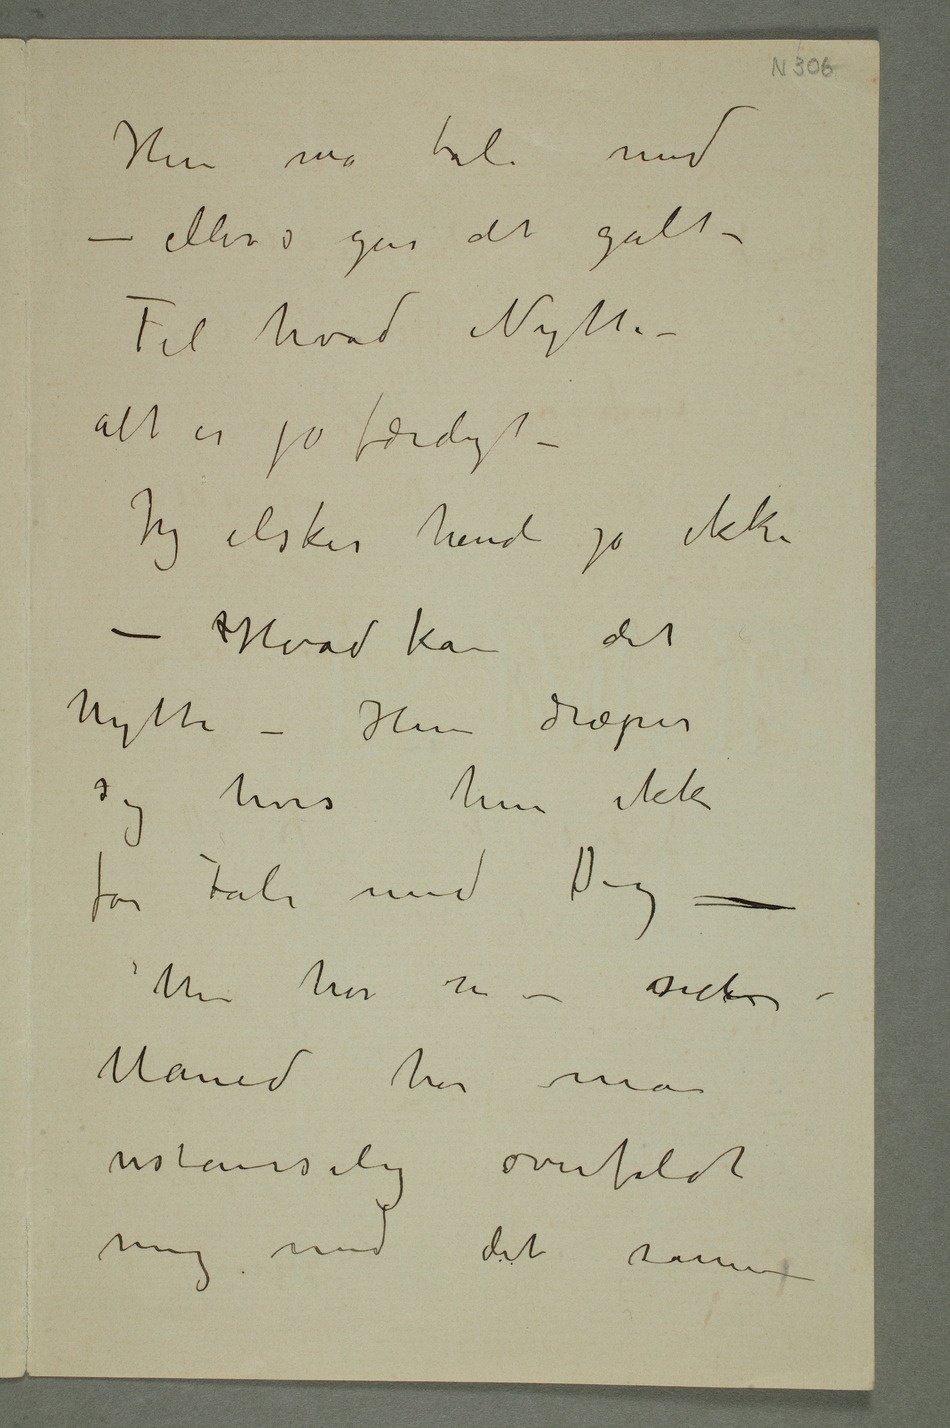
Hun må tales med
– ellers går det galt –
Til hvad Nytte –
alt er jo færdigt –
Jeg elsker hende jo ikke
– Hvad kan det
nytte – Hun dræper
sig hvis hun ikke
får tale med Dig –
Men hør nu –
sidste
Måned har man
ustanselig overfaldt